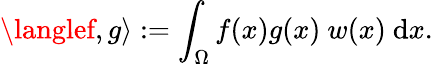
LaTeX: \langlef,g\rangle:=\int_{\Omega}f(x)g(x)\ w(x)\ \mathrm{d}x.